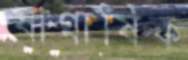
ষাণ্মাষিক